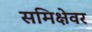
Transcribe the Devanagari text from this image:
समिक्षेवर